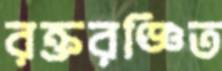
রক্তরঞ্জিত